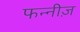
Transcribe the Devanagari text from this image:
फन्नीज़